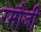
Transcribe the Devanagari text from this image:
रमौजी